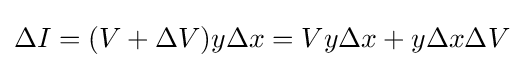
\Delta I=(V+\Delta V)y\Delta x=Vy\Delta x+y\Delta x\Delta V